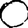
Digit: 0